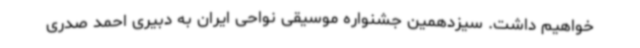
خواهیم داشت. سیزدهمین جشنواره موسیقی نواحی ایران به دبیری احمد صدری